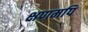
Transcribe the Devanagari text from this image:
क्षणमपि